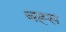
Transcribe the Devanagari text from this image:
बह्स